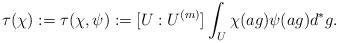
LaTeX: \begin{align*}\tau(\chi):=\tau(\chi,\psi):=[U:U^{(m)}]\int_{U}{\chi(ag)\psi(ag) d^{\ast}g}.\end{align*}